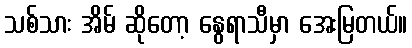
သစ်သား အိမ် ဆိုတော့ နွေရာသီမှာ အေးမြတယ်။